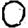
Digit: 0